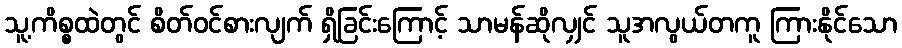
သူ့ကိစ္စထဲတွင် စိတ်ဝင်စားလျက် ရှိခြင်းကြောင့် သာမန်ဆိုလျှင် သူအလွယ်တကူ ကြားနိုင်သော